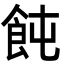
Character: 飩